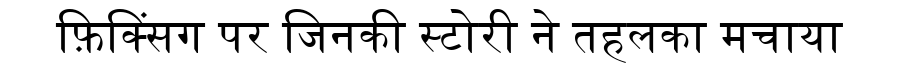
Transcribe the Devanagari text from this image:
फ़िक्सिंग पर जिनकी स्टोरी ने तहलका मचाया